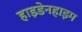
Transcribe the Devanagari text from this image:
हाइडेनहाइम